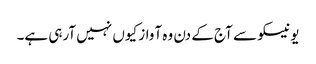
یونیسکو سے آج کے دن وہ آواز کیوں نہیں آرہی ہے۔